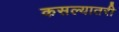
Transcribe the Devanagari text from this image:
कसल्यातरी